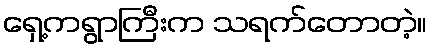
ရှေ့ကရွာကြီးက သရက်တောတဲ့။